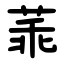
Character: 䓙